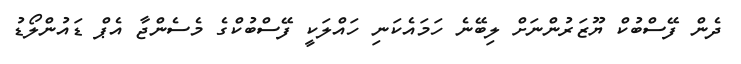
ދެން ފޭސްބުކް ޔޫޒަރުންނަށް ލިބޭނެ ހަމައެކަނި ހައްލަކީ ފޭސްބުކްގެ މެސެންޖާ އެޕް ޑައުންލޯޑު